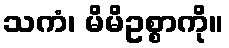
သကံ၊ မိမိဥစ္စာကို။